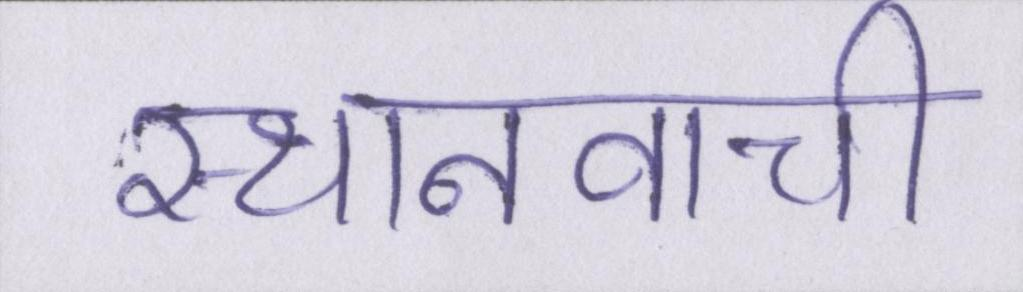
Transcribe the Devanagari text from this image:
स्थानवाची